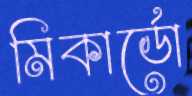
মিকার্ডো